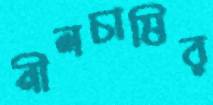
নীলচাষির